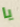
يا